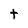
Character: t